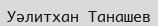
Уәлитхан Танашев